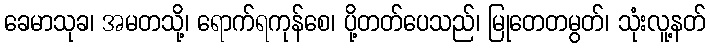
ခေမာသုခ၊ အမတသို့၊ ရောက်ရကုန်စေ၊ ပို့တတ်ပေသည်၊ မြုတေတမွတ်၊ သုံးလူ့နတ်